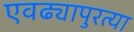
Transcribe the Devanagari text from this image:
एवढ्यापुरत्या